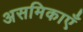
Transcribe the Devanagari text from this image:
असमिकाएँ